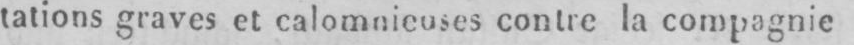
tations graves et calomnieuses contre la compagnie